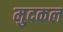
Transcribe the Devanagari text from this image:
मुदकल